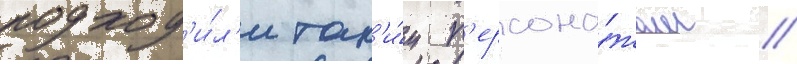
подход'и́л'и так'и́м п'ерсона́жам /